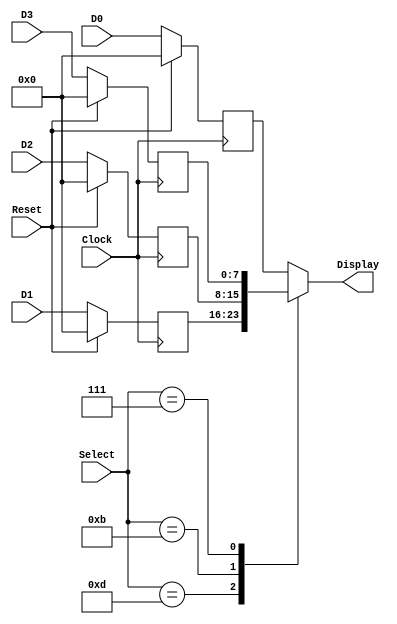
// Written by	: Jianjian Song
// Multiplexer for 7-segment display of Nexys 3 board
//inputs: 7-segment display code D3, D2, D1,D0
//output: one of the four display codes on Display
//output: Select to choose the right transistor to turn on power
`timescale 1ns / 1ps

module DisplayMux(D3, D2, D1, D0, Select, Display, Reset, Clock) ;
input [7:0] D3, D2, D1, D0;
input [3:0] Select;
input Reset, Clock;
output reg [7:0]	Display;

reg [7:0] Digit3, Digit2, Digit1, Digit0;	//stored values

always@(posedge Clock) 
	if(Reset==1) begin Digit3<=0; Digit2<=0; Digit1<=0; Digit0<=0; end
	else 	begin Digit3<=D3; Digit2<=D2; Digit1<=D1; Digit0<=D0; end
	
always@(Select or Digit0 or Digit1 or Digit2 or Digit3)
	case (Select)
	4'b1110: Display <=Digit0;
	4'b1101: Display <=Digit1;
	4'b1011: Display <=Digit2;
	4'b0111: Display <=Digit3;
	default: Display <=Digit0;
	endcase
endmodule